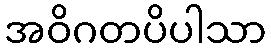
အဝိဂတပိပါသာ